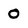
Character: 0